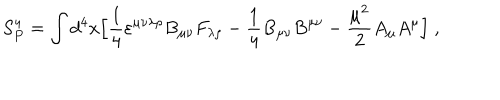
LaTeX: S _ { P } ^ { 4 } = \int d ^ { 4 } x \Bigl [ { \frac { 1 } { 4 } } \varepsilon ^ { \mu \nu \lambda \rho } B _ { \mu \nu } F _ { \lambda \rho } - { \frac { 1 } { 4 } } B _ { \mu \nu } B ^ { \mu \nu } - { \frac { \mu ^ { 2 } } { 2 } } A _ { \mu } A ^ { \mu } \Bigl ] \; ,